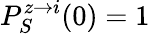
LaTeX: P_{S}^{z\rightarrow i}(0)=1